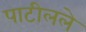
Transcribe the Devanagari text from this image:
पाटीलले